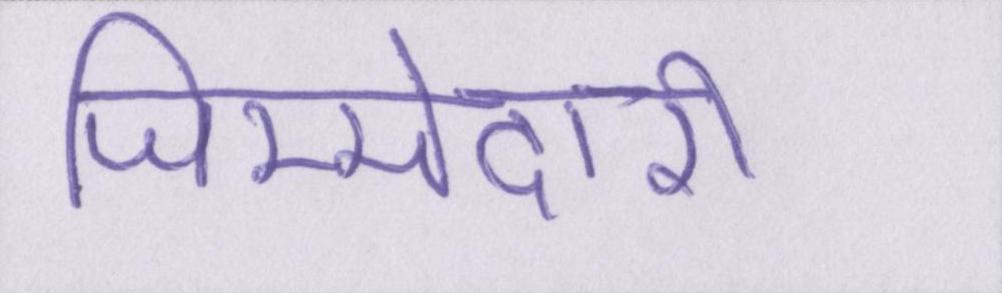
जिम्मेदारी